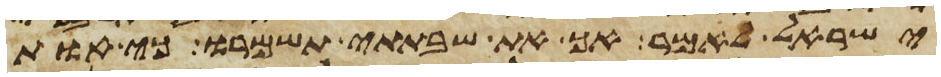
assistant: ישראל לאמר אך את שבתתי תשמרו כי אות